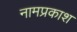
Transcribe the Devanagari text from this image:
नामप्रकाश